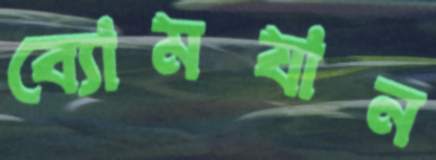
ব্যোমযান